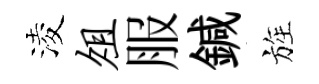
淩俎服鍼旌